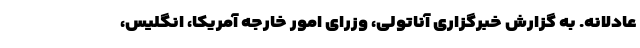
عادلانه. به گزارش خبرگزاری آناتولی، وزرای امور خارجه آمریکا، انگلیس،